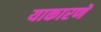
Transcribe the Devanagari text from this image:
याकारणे